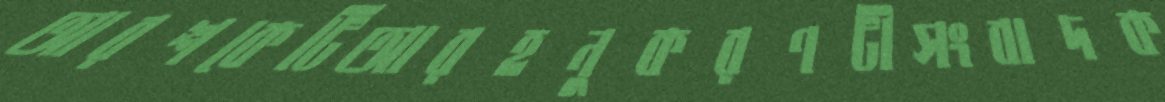
আরশকেটিআরহনুকরণটীসংবাদক